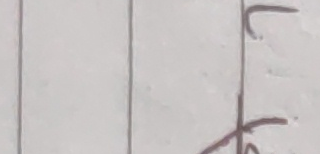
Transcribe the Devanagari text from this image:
८
वि